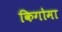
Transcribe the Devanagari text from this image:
किगोमा